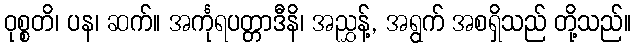
ဝုစ္စတိ၊ ပန၊ ဆက်။ အင်္ကုရပတ္တာဒီနိ၊ အညွှန့်, အရွက် အစရှိသည် တို့သည်။